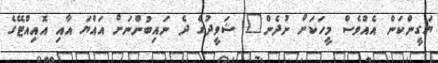
ޔަގީންކަން އެއްވެސް މީހަކަށް ނުދެން" ޝަވީދުގެ ދެ ނައިބުންނަށް އައްޔަ އާއި އޮއިއްޓޭގެ